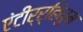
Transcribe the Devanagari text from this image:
एंटीर्र्हिनुम